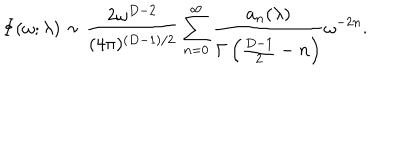
\Phi ( \omega ; \lambda ) \sim { \frac { 2 \omega ^ { D - 2 } } { ( 4 \pi ) ^ { ( D - 1 ) / 2 } } } \sum _ { n = 0 } ^ { \infty } { \frac { a _ { n } ( \lambda ) } { \Gamma \left( { \frac { D - 1 } { 2 } } - n \right) } } \omega ^ { - 2 n } .